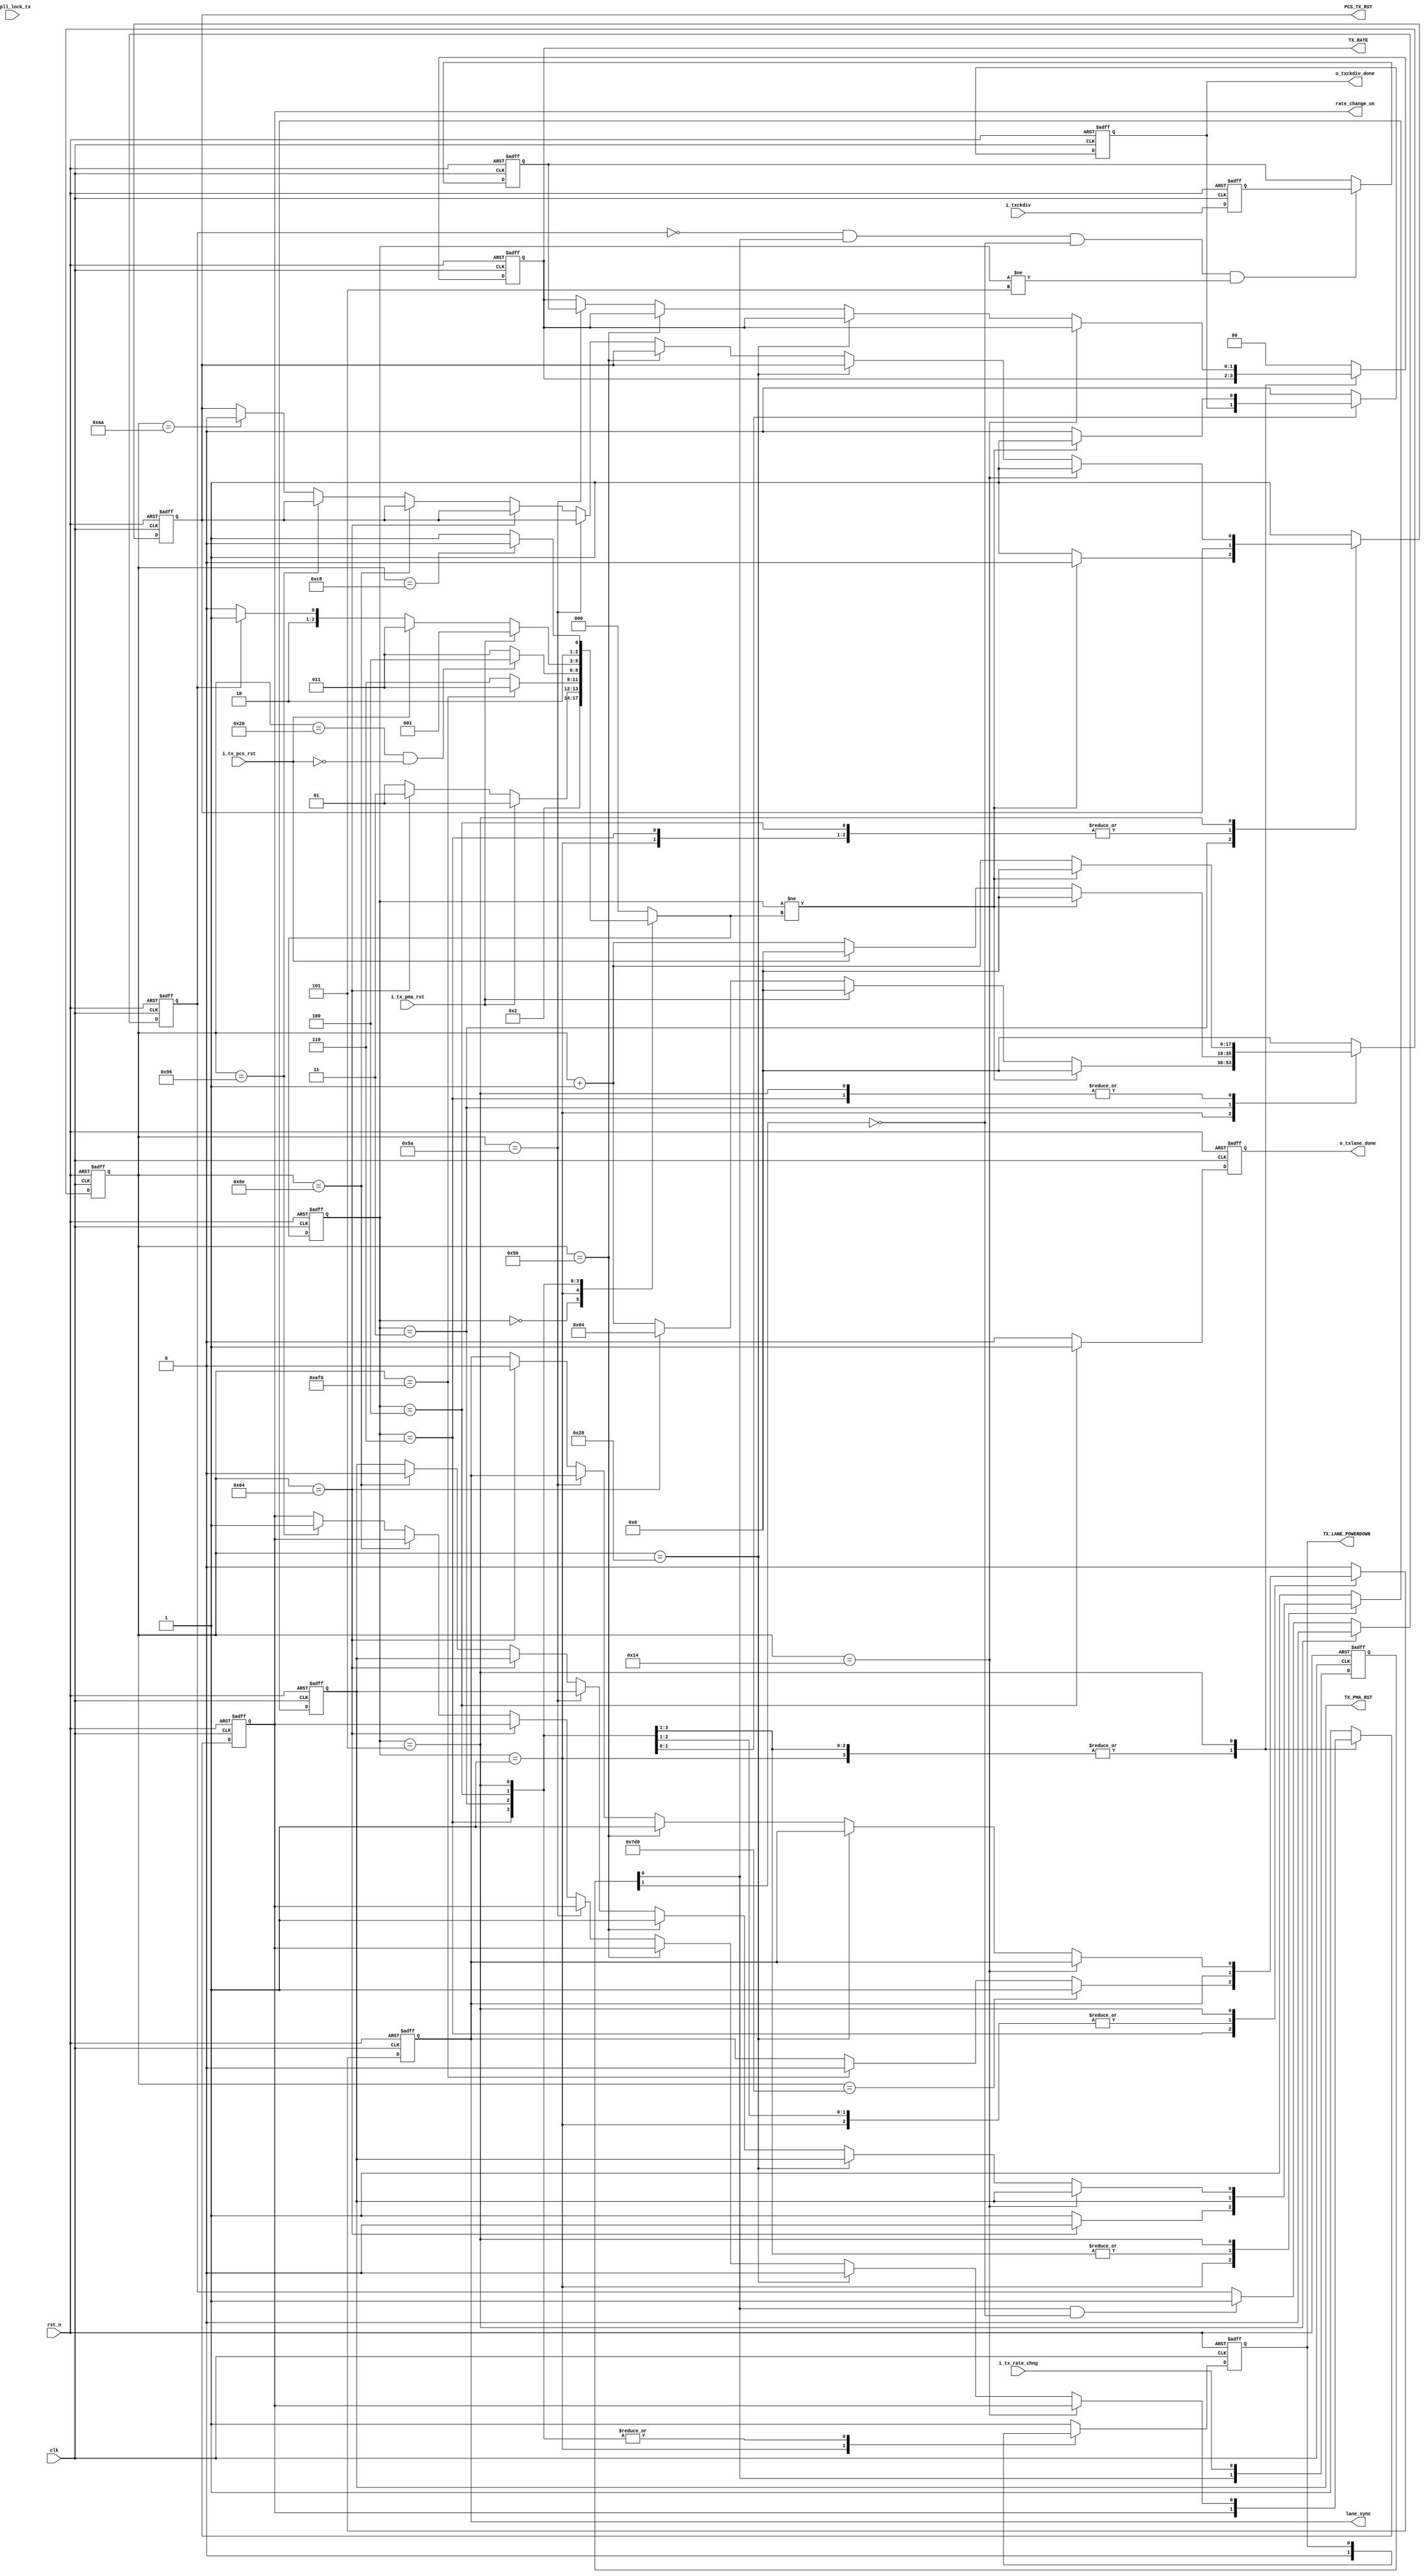
///////////////////////////////////////////////////////////////////////////////
//
// Copyright (c) 2019 PANGO MICROSYSTEMS, INC
// ALL RIGHTS REVERVED.
//
// THE SOURCE CODE CONTAINED HEREIN IS PROPRIETARY TO PANGO MICROSYSTEMS, INC.
// IT SHALL NOT BE REPRODUCED OR DISCLOSED IN WHOLE OR IN PART OR USED BY
// PARTIES WITHOUT WRITTEN AUTHORIZATION FROM THE OWNER.
//
///////////////////////////////////////////////////////////////////////////////
//
// Library:
// Filename:
///////////////////////////////////////////////////////////////////////////////
`timescale 1ns/1ps
module  ipm2t_hssthp_txlane_rst_fsm_v1_5#(
    parameter P_LX_TX_CKDIV               = 0       , //initial params
    parameter FREE_CLOCK_FREQ             = 100     ,//10MHz~100MHz
    parameter PCS_TX_CLK_EXPLL_USE_CH     = "FALSE" ,
    parameter CH_MULT_LANE_MODE           = 1
)(
    // Reset and Clock
    input  wire                   clk                   ,
    input  wire                   rst_n                 ,
    // HSST Reset Control Signal
    input  wire                   i_tx_rate_chng        ,
    input  wire   [1:0]           i_txckdiv             ,
    input  wire                   i_pll_lock_tx         ,
    input  wire                   i_tx_pma_rst          ,
    input  wire                   i_tx_pcs_rst          ,

    output reg                    TX_PMA_RST            ,
    output reg    [1:0]           TX_RATE               ,
    output reg                    PCS_TX_RST            ,
    output reg                    TX_LANE_POWERDOWN     ,
    output reg                    o_txlane_done         ,
    output reg                    lane_sync             ,
    output reg                    rate_change_on        ,
    output reg                    o_txckdiv_done        
);

localparam         CNTR_WIDTH                        = 18;
//TX Lane Power Up
localparam integer TX_PMA_RST_CNTR_VALUE             = 2*(0.5*FREE_CLOCK_FREQ);//add 50 percent margin
localparam integer PMA_RST_CNTR_VALUE                = 2*(0.5*FREE_CLOCK_FREQ);//add 50 percent margin
localparam integer PCS_RST_WAIT_CNTR_VALUE           = 2*(0.1*FREE_CLOCK_FREQ);//add 50 percent margin
localparam integer RATE_CHANGE_ON_CNTR_F_VALUE       = 2*(0.2*FREE_CLOCK_FREQ);//add 50 percent margin
localparam integer TX_SYNC_CNTR_VALUE                = 2*(0.4*FREE_CLOCK_FREQ);//add 50 percent margin
localparam integer TX_RST_DONE_DLY_CNTR_VALUE        = 32;//add for txlane_done is active but fabric clock is none by wenbin at @2019.9.26
//TX LANE SYNC
localparam integer TX_RATE_CNTR_VALUE                = 2*(0.45*FREE_CLOCK_FREQ);//add 50 percent margin
//TX Lane Rate Change
localparam integer TX_SYNC_CNTR_F_VALUE              = 2*(0.5*FREE_CLOCK_FREQ);//add 50 percent margin
localparam integer PMA_RST_CNTR_RELEASE_VALUE        = 2*(0.55*FREE_CLOCK_FREQ);//add 50 percent margin
localparam integer RATE_CHANGE_ON_CNTR_R_VALUE       = 2*(0.75*FREE_CLOCK_FREQ);//add 50 percent margin
localparam integer PCS_RST_CNTR_RELEASE_VALUE        = 2*(0.85*FREE_CLOCK_FREQ);//add 50 percent margin
localparam integer TX_CKDIV_DONE_CNTR_VALUE          = 2*(1*FREE_CLOCK_FREQ);//add 50 percent margin
localparam integer TX_BONDING_SYNC_CNTR_VALUE        = 2*(14*FREE_CLOCK_FREQ);//add 50 percent margin
localparam integer TX_SYNC_R_CNTR_VALUE              = 2*(10*FREE_CLOCK_FREQ);//add 50 percent margin
//TX Lane FSM Status
localparam TX_LANE_IDLE   = 3'd0;
localparam TX_LANE_PMA    = 3'd1;
localparam TX_LANE_PCS    = 3'd3;
localparam TX_DONE        = 3'd4;
localparam TX_CKDIV       = 3'd5;
localparam TX_SYNC        = 3'd6;
//****************************************************************************//
//                      Internal Signal                                       //
//****************************************************************************//
reg     [CNTR_WIDTH-1 : 0] cntr                 ;
reg     [2            : 0] txlane_rst_fsm       ;
reg     [2            : 0] next_state           ;
reg     [1            : 0] i_tx_rate_chng_ff    ;
reg                       i_tx_rate_chng_posedge;
reg     [1            : 0] i_txckdiv_ff         ;
reg     [1            : 0] txckdiv              ;
wire                       expll_lock_tx        ;
wire                       bonding              ;

//****************************************************************************//
//                      Sequential and Logic                                  //
//****************************************************************************//
assign expll_lock_tx = (PCS_TX_CLK_EXPLL_USE_CH  ==  "FALSE") ? 1'b1 : i_pll_lock_tx ;
assign bonding = (CH_MULT_LANE_MODE!=1) ? 1'b1 : 1'b0 ;
always @(posedge clk or negedge rst_n) begin
    if(!rst_n) 
        i_tx_rate_chng_ff     <= 2'b0;
    else 
        i_tx_rate_chng_ff     <= {i_tx_rate_chng_ff[0],i_tx_rate_chng};
end

always @(posedge clk or negedge rst_n) begin
    if(!rst_n) 
        i_tx_rate_chng_posedge     <= 1'b0;
    else if (txlane_rst_fsm == TX_CKDIV)
        i_tx_rate_chng_posedge     <= 1'b0;
    else if (i_tx_rate_chng_ff[0] & (!i_tx_rate_chng_ff[1]))
        i_tx_rate_chng_posedge     <= 1'b1;
end

always @(posedge clk or negedge rst_n) begin
    if(!rst_n) 
        i_txckdiv_ff     <= 2'b00;
    else 
        i_txckdiv_ff     <= i_txckdiv;
end

always @(posedge clk or negedge rst_n) begin
    if(!rst_n) 
        txckdiv                  <= 2'b00;
    else if (!i_tx_rate_chng_posedge && i_tx_rate_chng_ff[0] && (!i_tx_rate_chng_ff[1]) && txlane_rst_fsm != TX_CKDIV)
        txckdiv                  <= i_txckdiv_ff;
    else ;
end

always @(posedge clk or negedge rst_n) begin
    if(!rst_n) begin
        txlane_rst_fsm     <=   TX_LANE_IDLE   ;
    end
    else begin
        txlane_rst_fsm     <=   next_state ;
    end
end

always@(*) begin
    case(txlane_rst_fsm)
        TX_LANE_IDLE    :
            next_state      = TX_LANE_PMA     ;
        TX_LANE_PMA     :
        begin
            if (i_tx_pma_rst)
                next_state    =    TX_LANE_PMA     ;
            else if(cntr == PMA_RST_CNTR_VALUE&&expll_lock_tx&&!bonding)
                next_state  = TX_LANE_PCS     ;
            else if(cntr == PMA_RST_CNTR_VALUE&&expll_lock_tx&&bonding)
                next_state  = TX_SYNC         ; 
            else
                next_state    =    TX_LANE_PMA     ;
        end
        TX_SYNC        :
        begin
            if(cntr == TX_BONDING_SYNC_CNTR_VALUE)
                next_state  = TX_LANE_PCS     ;
            else
                next_state  = TX_SYNC     ;
        end
        TX_LANE_PCS    :
        begin 
                if (cntr == TX_RST_DONE_DLY_CNTR_VALUE && ~i_tx_pcs_rst)
                    next_state    =    TX_DONE     ;
                else
                    next_state    =    TX_LANE_PCS    ;
        end
        TX_DONE      :
            if(i_tx_pma_rst)
                next_state  =      TX_LANE_PMA ;
            else if(i_tx_pcs_rst)
                next_state  =      TX_LANE_PCS ;
            else if(i_tx_rate_chng_posedge)
                next_state  =      TX_CKDIV    ;
            else
                next_state    =    TX_DONE     ;
        TX_CKDIV     :
        begin
            if(cntr == TX_CKDIV_DONE_CNTR_VALUE)
                next_state    =    TX_DONE     ;
            else
                next_state    =    TX_CKDIV     ;
        end
        default    :
        begin
            next_state    =    TX_LANE_IDLE     ;
        end
    endcase
end

always @(posedge clk or negedge rst_n)
begin
    if(!rst_n) 
    begin
        cntr                   <= {CNTR_WIDTH{1'b0}};
        TX_PMA_RST             <= 1'b1;
        PCS_TX_RST             <= 1'b1;
        lane_sync              <= 1'b0;
        rate_change_on         <= 1'b1;
        TX_RATE                <= P_LX_TX_CKDIV;
        TX_LANE_POWERDOWN      <= 1'b1;
        o_txlane_done          <= 1'b0; 
        o_txckdiv_done         <= 1'b0; 
    end
    else
    begin
        case(txlane_rst_fsm)
            TX_LANE_IDLE    :   begin
               cntr                   <= {CNTR_WIDTH{1'b0}}; 
               TX_PMA_RST             <= 1'b1;
               PCS_TX_RST             <= 1'b1;
               lane_sync              <= 1'b0;
               rate_change_on         <= 1'b1;
               TX_RATE                <= P_LX_TX_CKDIV;
               TX_LANE_POWERDOWN      <= 1'b1;
               o_txlane_done          <= 1'b0; 
               o_txckdiv_done         <= 1'b0;  
            end
            TX_LANE_PMA    :
            begin
                if(txlane_rst_fsm!=next_state)  begin
                    cntr                   <= {CNTR_WIDTH{1'b0}};
                end
                else if(i_tx_pma_rst) begin
                    cntr                   <= {CNTR_WIDTH{1'b0}};
                end
                else if(cntr == PMA_RST_CNTR_VALUE)   begin
                    cntr                   <=PMA_RST_CNTR_VALUE ;
                end
                else    begin
                    cntr                    <= cntr + {{CNTR_WIDTH-1{1'b0}},{1'b1}};
                end
                if(cntr == PMA_RST_CNTR_VALUE)
                    TX_PMA_RST             <= 1'b0;
                else
                    TX_PMA_RST             <= 1'b1;
               TX_LANE_POWERDOWN      <= 1'b0;
               o_txlane_done          <= 1'b0; 
               o_txckdiv_done         <= 1'b0;  
            end
            TX_SYNC     :
            begin
                if(txlane_rst_fsm!=next_state)  begin
                    cntr                   <= {CNTR_WIDTH{1'b0}};
                end
                else
                    cntr                    <= cntr + {{CNTR_WIDTH-1{1'b0}},{1'b1}};
                if(cntr == TX_SYNC_R_CNTR_VALUE)
                    lane_sync              <= 1'b1;
                else if(cntr == TX_BONDING_SYNC_CNTR_VALUE)
                    lane_sync              <= 1'b0;
                else
                    lane_sync              <= lane_sync;
               o_txlane_done          <= 1'b0; 
               o_txckdiv_done         <= 1'b0;  
            end
            TX_LANE_PCS    :
            begin
                if(txlane_rst_fsm!=next_state)  begin
                    cntr                <= {CNTR_WIDTH{1'b0}};
                    PCS_TX_RST          <= 1'b0;
                end
                else if(i_tx_pcs_rst) begin
                    cntr                <= {CNTR_WIDTH{1'b0}};
                    PCS_TX_RST          <= 1'b1;
                end
                else    begin
                    cntr                <= cntr + {{CNTR_WIDTH-1{1'b0}},{1'b1}};
                    PCS_TX_RST          <= 1'b1;
                end
               o_txlane_done          <= 1'b0; 
               o_txckdiv_done         <= 1'b0;  
            end
            TX_DONE    :
            begin
                o_txlane_done    <= 1'b1 ;
                cntr             <= {CNTR_WIDTH{1'b0}};
            end
            TX_CKDIV    :
            begin
                o_txlane_done    <= 1'b0 ;
                if(txlane_rst_fsm!=next_state)  begin
                    cntr                <= {CNTR_WIDTH{1'b0}};
                    o_txckdiv_done      <= 1'b1 ;
                end
                else    begin
                   cntr                <= cntr + {{CNTR_WIDTH-1{1'b0}},{1'b1}};
                   o_txckdiv_done      <= 1'b0 ;
                end
                    if(cntr == PCS_RST_WAIT_CNTR_VALUE)
                         PCS_TX_RST             <= 1'b1;
                    else if (cntr == RATE_CHANGE_ON_CNTR_F_VALUE)
                        rate_change_on          <= 1'b0 ;
                    else if (cntr == TX_SYNC_CNTR_VALUE)    begin
                            TX_PMA_RST          <= 1'b1 ;
                            lane_sync           <= 1'b1 ;
                    end
                    else if (cntr == TX_RATE_CNTR_VALUE)
                    begin
                        TX_RATE              <= txckdiv ;
                    end
                    else if (cntr == TX_SYNC_CNTR_F_VALUE)
                        lane_sync           <= 1'b0 ;
                    else if (cntr == PMA_RST_CNTR_RELEASE_VALUE)
                        TX_PMA_RST          <= 1'b0 ;
                    else if (cntr == RATE_CHANGE_ON_CNTR_R_VALUE)
                        rate_change_on          <= 1'b1 ;
                    else if (cntr == PCS_RST_CNTR_RELEASE_VALUE)
                        PCS_TX_RST             <= 1'b0;
            end   
            default    :
            begin
               cntr                   <= {CNTR_WIDTH{1'b0}}; 
               TX_PMA_RST             <= 1'b1;
               PCS_TX_RST             <= 1'b1;
               lane_sync              <= 1'b0;
               rate_change_on         <= 1'b1;
               TX_RATE                <= P_LX_TX_CKDIV;
               TX_LANE_POWERDOWN      <= 1'b1;
               o_txlane_done          <= 1'b0; 
               o_txckdiv_done         <= 1'b0;
            end
        endcase
    end
end

endmodule